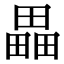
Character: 畾